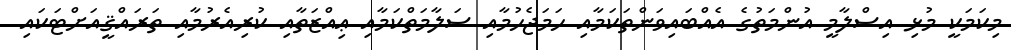
މިކަމަކީ މުޅި އިސްލާމީ އުންމަތުގެ އެއްބައިވަންތަކަމާއި ހަމަޖެހުމާއި ސަލާމަތްކަމާއި ޢިއްޒަތާއި ކުރިއެރުމާއި ތަރައްޤީއަށްޓަކައި